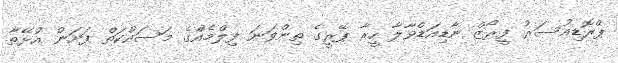
ޕްރޮޑިއުސަރު ފީރޯޒް ނާޑިއަޑްވާލާ ހީރާ ޕޭރީގެ ތިންވަނަ ފިލްމެއްގެ މަސައްކަތް ފަށަން އުޅޭތާ